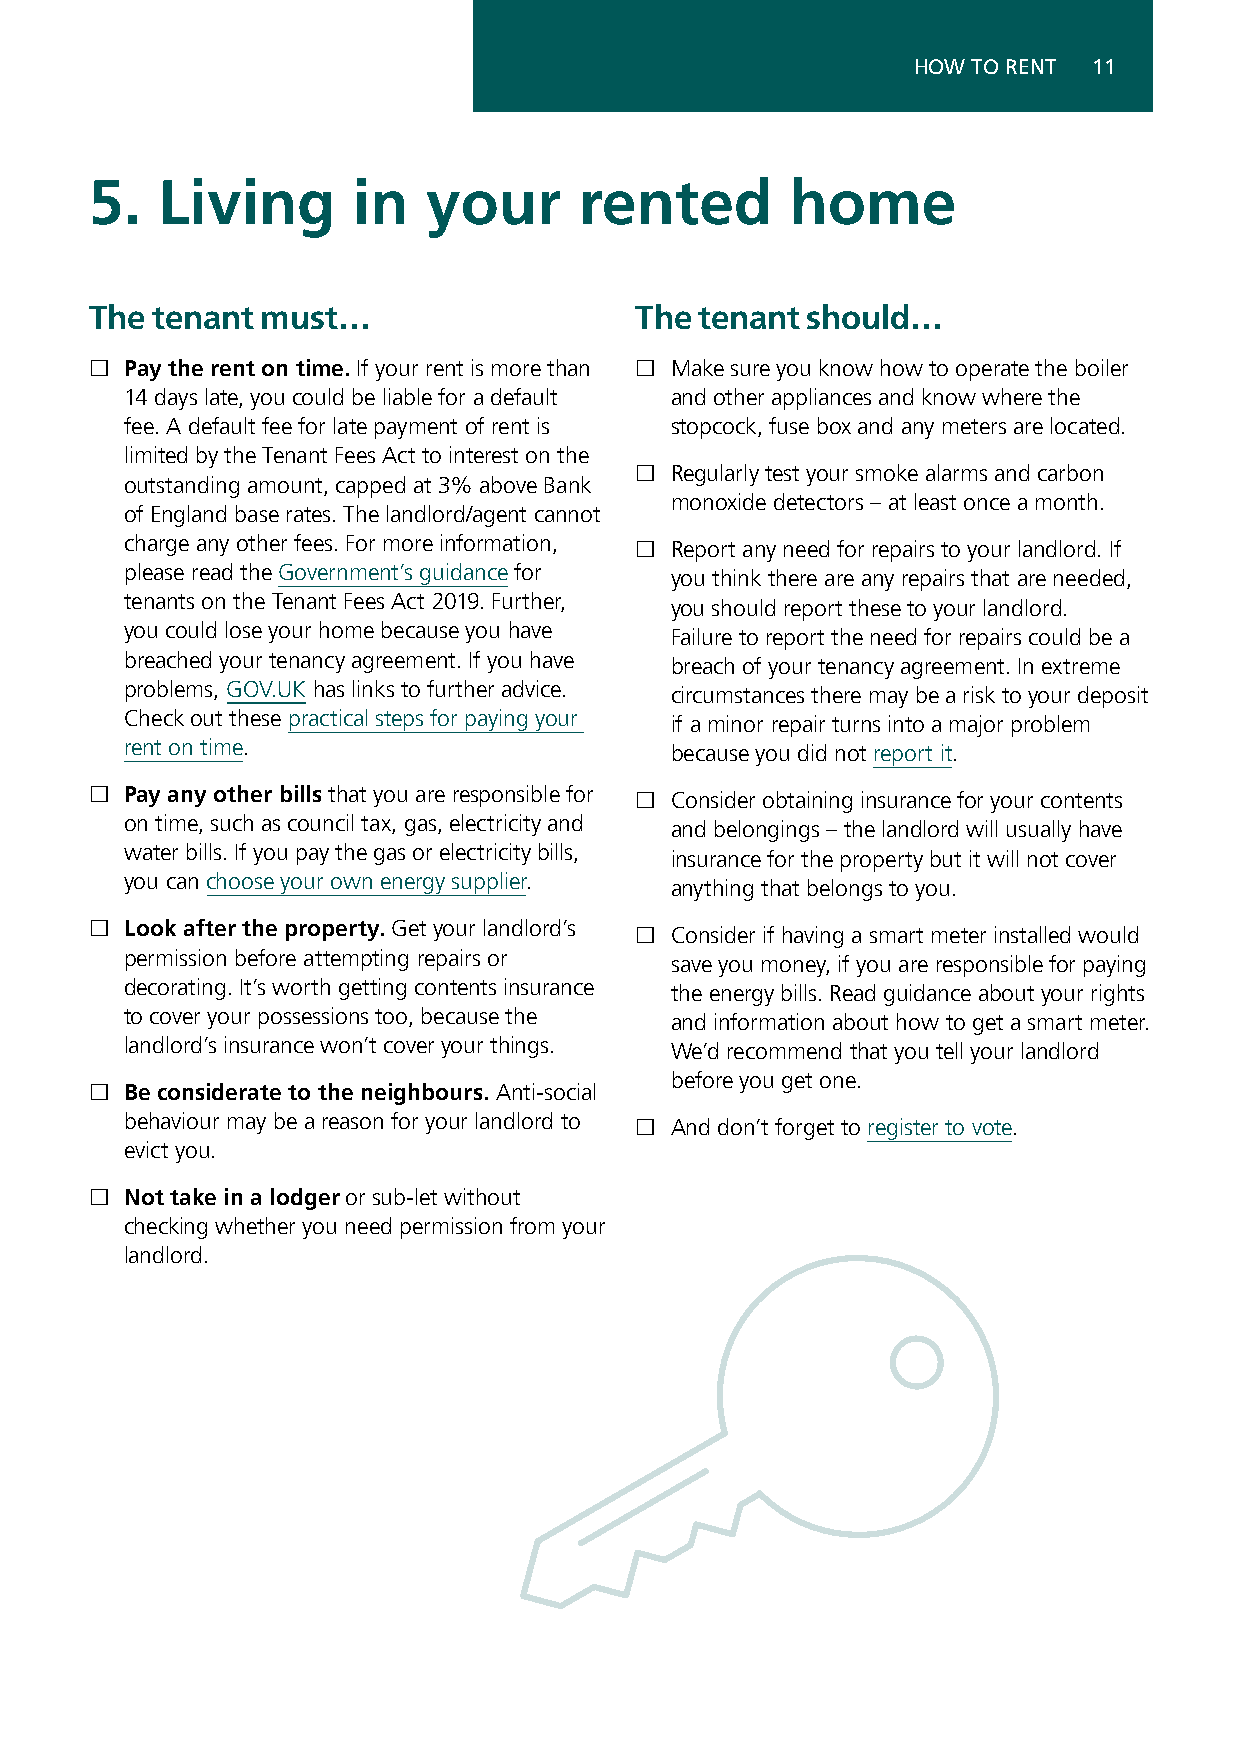
HOW TO RENT 11
 5.  Living       in   your      rented        home
 The tenant must…                    The tenant should…
 £ Pay the rent on time. If your rent is more than £ Make sure you know how to operate the boiler
 14 days late, you could be liable for a default and other appliances and know where the
 fee. A default fee for late payment of rent is stopcock, fuse box and any meters are located.
 limited by the Tenant Fees Act to interest on the
 £ Regularly test your smoke alarms and carbon
 outstanding amount, capped at 3% above Bank
 monoxide detectors – at least once a month.
 of England base rates. The landlord/agent cannot
 charge any other fees. For more information, £ Report any need for repairs to your landlord. If
 please read the Government’s guidance for
 you think there are any repairs that are needed,
 tenants on the Tenant Fees Act 2019. Further,
 you should report these to your landlord.
 you could lose your home because you have
 Failure to report the need for repairs could be a
 breached your tenancy agreement. If you have
 breach of your tenancy agreement. In extreme
 problems, GOV.UK has links to further advice.
 circumstances there may be a risk to your deposit
 Check out these practical steps for paying your
 if a minor repair turns into a major problem
 rent on time.
 because you did not report it.
 £ Pay any other bills that you are responsible for £ Consider obtaining insurance for your contents
 on time, such as council tax, gas, electricity and
 and belongings – the landlord will usually have
 water bills. If you pay the gas or electricity bills,
 insurance for the property but it will not cover
 you can choose your own energy supplier.
 anything that belongs to you.
 £ Look after the property. Get your landlord’s £ Consider if having a smart meter installed would
 permission before attempting repairs or
 save you money, if you are responsible for paying
 decorating. It’s worth getting contents insurance
 the energy bills. Read guidance about your rights
 to cover your possessions too, because the
 and information about how to get a smart meter.
 landlord’s insurance won’t cover your things.
 We’d recommend that you tell your landlord
 before you get one.
 £ Be considerate to the neighbours. Anti-social
 behaviour may be a reason for your landlord to £ And don’t forget to register to vote.
 evict you.
 £ Not take in a lodger or sub-let without
 checking whether you need permission from your
 landlord.